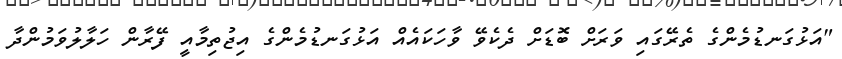
"އަޅުގަނޑުމެންގެ ތެރޭގައި ވަރަށް ބޮޑަށް ދެކެވޭ ވާހަކައެއް އަޅުގަނޑުމެންގެ އިޖުތިމާއީ ފޭރާން ހަލާލުވަމުންދާ